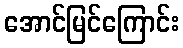
အောင်မြင်ကြောင်း